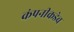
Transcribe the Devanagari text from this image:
कंपनीकडेच